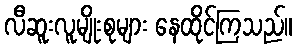
လီဆူးလူမျိုးစုများ နေထိုင်ကြသည်။